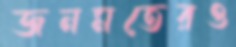
জনমতেরও